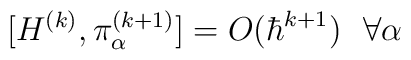
[H^{(k)}, \pi^{(k+1)}_\alpha] = O(\hbar^{k+1}) ~~ \forall \alpha